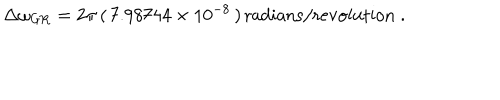
\Delta \omega _ { \mathrm { G R } } = 2 \pi \, ( \, 7 . 9 8 7 4 4 \times 1 0 ^ { - 8 } \, ) \, \mathrm { r a d i a n s / r e v o l u t i o n } \; .